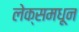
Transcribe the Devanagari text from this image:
लेक्समधून